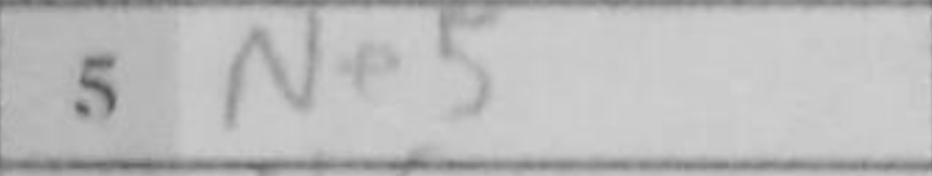
Transcription: Ne5